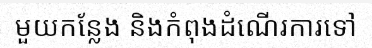
មួយកន្លែង និងកំពុងដំណើរការទៅ